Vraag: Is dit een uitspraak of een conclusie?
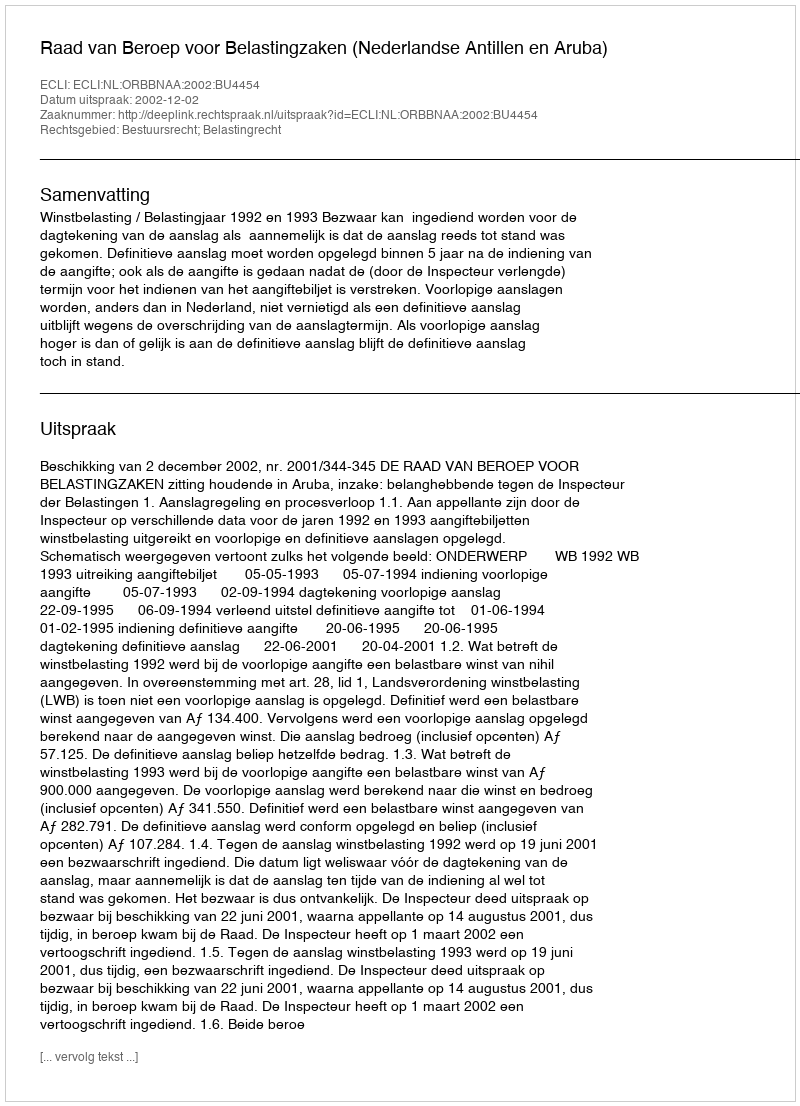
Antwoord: Uitspraak